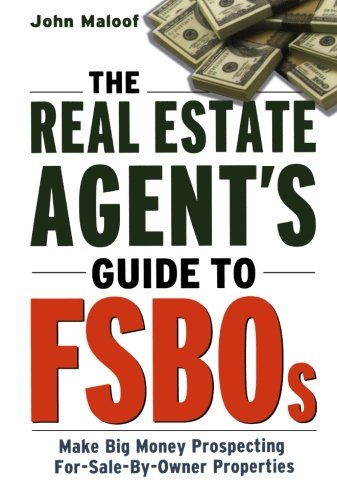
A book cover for The Real Estate Agent's Guide to FSBOs: Make Big Money Prospecting For Sale By Owner Properties; John Maloof; Business & Money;